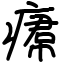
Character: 𤸷